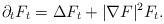
LaTeX: \begin{align*} \partial_t F_t=\Delta F_t+|\nabla F|^2 F_t.\end{align*}